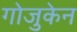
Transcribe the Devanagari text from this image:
गोजुकेन